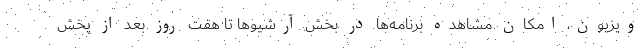
ویزیون، امکان مشاهده برنامه‌ها در بخش آرشیوها تا هفت روز بعد از پخش